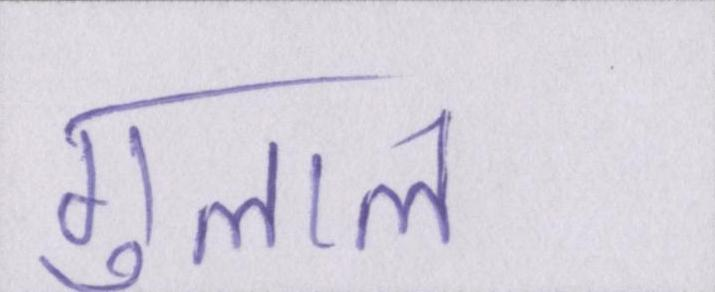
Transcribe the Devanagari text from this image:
गुलाल